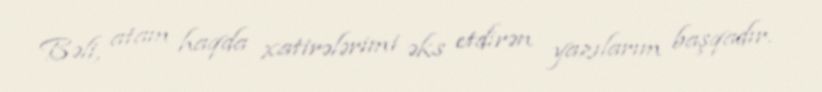
Bəli, atam haqda xatirələrimi əks etdirən yazılarım başqadır.